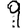
Digit: 9